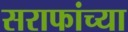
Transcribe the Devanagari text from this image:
सराफांच्या